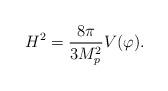
LaTeX: \begin{align*}H^{2}=\frac{8 \pi}{3 M_{p}^{2}} V(\varphi).\end{align*}